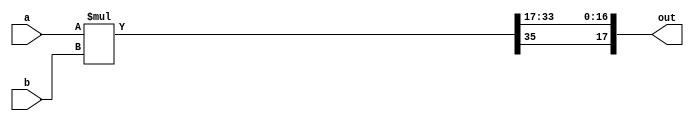
//Node Column v2 implementation

//////////////////////////////////////////////////
//// signed mult of 1.17 format 2'comp////////////
//////////////////////////////////////////////////

// Implement signed multiplication
module signed_mult (out, a, b);
  output  signed  [17:0]  out;
  input   signed  [17:0]  a;
  input   signed  [17:0]  b;
  // intermediate full bit length
  wire    signed  [35:0]  mult_out;
  assign mult_out = a * b;
  // select bits for 1.17 fixed point
  assign out = {mult_out[35], mult_out[33:17]};
endmodule

// Implement an the M10K block write to/ read fom memory
module M10K_512_18(
	output reg signed [17:0] q,
	input signed [17:0] data,
	input [8:0] wraddress, rdaddress,
	input wren, clock
);
	reg signed [17:0] mem [511:0] /* synthesis ramstyle = "no_rw_check, M10K" */;
	always @ (posedge clock)
	begin
		if (wren) 
			mem[wraddress] <= data;
	end
	always @ (posedge clock) begin
		q <= mem[rdaddress];
	end
endmodule

// Implement the compute module
module compute_module( 
  input  signed   [17:0] rho, g_tension, eta_term, u_n, u_n_prev, u_n_up, u_n_down, u_drum_center, u_left, u_right,
  output signed  [17:0] out
);
  wire  signed   [17:0] u_n_next, u_cent;
  wire  signed   [17:0] rho_eff;
  wire  signed   [17:0] temp1;
  wire  signed   [17:0] temp2;
  wire  signed   [17:0] temp3;
  wire  signed   [17:0] u_cent_g_tension;
  wire  signed   [17:0] u_cent_g_tension_2;
  assign out = u_n_next;
  // u_n_next = (1-eta_term) * [rho *(-4*u_n) + 2*u_n - (1-eta_term)*u_n_prev
  signed_mult mult1 (.out(temp1), .a(rho), .b(u_left + u_right + u_n_up + u_n_down - (u_n << 2)));
  assign temp2 = u_n_prev - (u_n_prev >>> eta_term);
  assign temp3 = (u_n << 1) + temp1 - temp2;
  assign u_n_next = temp3 - (temp3 >>> eta_term);
endmodule

// Compute and store the values for the amplitudes for one column of the drum
module column(
	input clk, reset, start_update, 
	input [8:0] column_size,
	input signed [17:0] rho, g_tension, eta_term, u_left, u_right, u_drum_center,
	input signed [17:0]  column_num,
	input signed [17:0] pyramid_step,
	output signed [17:0] out, middle_out, u_n_out,
	output reg [31:0] cycles_per_update,
	output done_update_out
);
	wire 	signed	[17:0] 	m10k_read_data;
	reg	signed	[17:0] 	m10k_write_data, m10k_read_reg;
	reg	        [8:0] 	m10k_read_addr, m10k_write_addr;
	reg 			m10k_write_en;
	wire	signed	[17:0] 	m10k_prev_read_data;
	reg	signed	[17:0] 	m10k_prev_write_data, m10k_prev_read_reg;
	reg	        [8:0]  	m10k_prev_read_addr, m10k_prev_write_addr;
	reg 			m10k_prev_write_en;
	reg          	[4:0]   state, init_state;
	reg          	[8:0]   init_addr, column_idx;
	reg 	signed  [17:0]  u_n_down_reg, u_n_reg, u_n_up_reg, u_n_prev_reg, u_n_bottom_reg, u_left_reg, u_right_reg;
	reg 	signed  [17:0]  u_n_center_reg, u_n_down_compute_reg;
	wire  	signed 	[17:0]  up_compute_input, cent_compute_input, center_prev_compute_input, down_compute_input;
	reg 	signed  [17:0]  u_center, u_n_out_reg;
	wire         	[8:0]   init_addr_temp ;
	wire         	[8:0]   column_num_temp ;
	reg                   	memory_init_en;
	reg 		[31:0] 	cycles_counter;
	reg			done_update;
	assign init_addr_temp = (init_addr >= (column_size >> 1)) ? ((column_size) - init_addr - 9'b1) : init_addr;
	assign column_num_temp = (column_num >= (column_size >> 1)) ? ((column_size) - column_num - 9'b1) : column_num;
	assign middle_out = u_center;
	assign u_n_out = u_n_out_reg;
	assign done_update_out = done_update;
	always @ (posedge clk) begin
		// Reset to initial conditions
		if (reset) begin
			m10k_write_data   	<= 18'h0;
			m10k_read_reg     	<= 18'h0;
			m10k_read_addr     	<= 9'h0;
			m10k_write_addr    	<= 9'h0;
			m10k_prev_write_data    <= 18'h0;
			m10k_prev_read_reg      <= 18'h0;
			m10k_prev_read_addr     <= 9'h0;
			m10k_prev_write_addr    <= 9'h0;
			state 			<= 5'd0;
			init_state 	   	<= 5'd0;
			memory_init_en 	   	<= 1'b1;
			init_addr 	   	<= 9'd0;
			m10k_write_en 	   	<= 1'b1;
			m10k_prev_write_en 	<= 1'b1;
			column_idx 	   	<= 9'd0;
			u_center           	<= 18'h0;
			u_left_reg         	<= 18'h0;
			u_right_reg        	<= 18'h0;
			u_n_down_reg	   	<= 18'h0;
			u_n_reg 	   	<= 18'h0;
			u_n_out_reg        	<= 18'h0;
			u_n_up_reg		<= ((column_num == 9'b0) || (column_num == (column_size - 9'b1))) ? pyramid_step : 18'd2 << pyramid_step;
			u_n_prev_reg 	   	<= pyramid_step;
			u_n_bottom_reg     	<= pyramid_step;
			cycles_counter     	<= 32'b0;
			cycles_per_update  	<= 32'b0;
			done_update		<= 1'b0;
			u_n_center_reg     	<= 18'h0;
			u_n_down_compute_reg 	<= 18'h0;
		end
		else begin
			if(memory_init_en) begin
				// Enable writing to memory the value for the amplitudes of the nodes in the column
				if (init_state == 0) begin
					m10k_write_en <= 1'b1;
					m10k_prev_write_en <= 1'b1;
					m10k_write_addr <= init_addr;
					m10k_prev_write_addr <= init_addr;
					m10k_prev_write_data <= column_num_temp > init_addr_temp ? 
							((init_addr_temp + 9'b1) <<< pyramid_step) : ((column_num_temp + 9'b1) <<< pyramid_step);	
					m10k_write_data <= column_num_temp > init_addr_temp ? 
							((init_addr_temp + 9'b1) <<< pyramid_step) : ((column_num_temp + 9'b1) <<< pyramid_step);
					if(init_addr == column_size - 1) memory_init_en <= 1'b0;
					init_state <= 2;
				end
				// Increment the init_addr
				if (init_state == 2) begin
					init_addr <= init_addr + 9'b1;
					init_state <= 0;
				end
			end
			// Update the node amplitudes in the column
			if(~memory_init_en) begin
				// Restart counting the number of cycles for the update and indicate that the current update is not complete
				if(done_update && start_update) begin
					cycles_per_update <= cycles_counter;
					cycles_counter <= 32'b0;
					done_update <= 1'b0;
				end
				// Update the cycles counter
				else if (start_update) begin
					cycles_counter <= cycles_counter + 32'b1;
				end
				// Initialize the current and previous read addr
				if(state == 5'd0 && start_update)begin
					m10k_prev_write_en <= 1'b0;
					m10k_write_en <= 1'b0;
					// If we're at the last node, set equal to 0, otherwise, the addr is the next node
					m10k_read_addr <= (column_idx == (column_size - 9'd1)) ? 9'd0 : column_idx + 9'd1;
					m10k_prev_read_addr <= column_idx;
					done_update <= 1'b0;
					state <= 5'd1;
				end
				// Wait state
				if(state == 5'd1) state <= 5'd2;
				// Assign all the registers to their corresponding values
				if(state == 5'd2)begin
					u_n_prev_reg <= m10k_prev_read_data;
					// Assign u_n_up reg to be 0 if at the final node, otherwise use the value from memory
					u_n_up_reg <= (column_idx == (column_size - 9'd1)) ? 18'b0 : m10k_read_data;
					u_left_reg <= u_left;
					u_right_reg <= u_right;
					// Assign u_n_center_reg to be the bottom reg value if at the bottom, otherwise, use the current reg value
					u_n_center_reg <= (column_idx == 9'b0) ? u_n_bottom_reg : u_n_reg;
					// Assign u_n_down_compute_reg to be 0 if at the bottom, otherwise, use the current down reg value
					u_n_down_compute_reg <= (column_idx == 9'b0) ? 18'b0 : u_n_down_reg;
					// Assign u_n_out_reg to be the bottom reg value if at the bottom, otherwise, use the current reg value
					u_n_out_reg <= (column_idx == 0) ? u_n_bottom_reg : u_n_reg;
					m10k_write_en <= 1'b0;
					m10k_prev_write_en <= 1'b0;
					state <= 5'd3;
				end
				if(state == 5'd3)begin
					m10k_write_en <= (column_idx == 9'd0) ? 1'b0 : 1'b1;
					m10k_prev_write_en <= 1'b1;
					m10k_write_addr <= column_idx;
					m10k_prev_write_addr <= column_idx;
					if (column_idx > 9'd0) m10k_write_data <= out;
					else m10k_write_data <= m10k_write_data;// m10k_write_data latch;
					if (column_idx == 9'd0) u_n_bottom_reg <= out;
					else u_n_bottom_reg <= u_n_bottom_reg;
					m10k_prev_write_data <= (column_idx == 9'd0) ? (u_n_bottom_reg) : u_n_reg;
					u_n_reg <= u_n_up_reg;
					u_n_down_reg <= (column_idx == 9'd0) ? (u_n_bottom_reg) : u_n_reg;
					if(column_idx == (column_size >> 1)) u_center <= out;
					if (column_idx == (column_size-9'd1)) begin
						column_idx <= 9'd0;
						done_update <= 9'b1;
					end
					else column_idx <= (column_idx + 9'd1);  
					state <= 5'd0;
				end
			end 
		end
	end
	// Instantiation of Device Under Test
	M10K_512_18 u_n_m10k (
		.clock     (clk),
		.wren      (m10k_write_en),
		.q         (m10k_read_data),
		.data      (m10k_write_data),
		.wraddress (m10k_write_addr),
		.rdaddress (m10k_read_addr)
	);
	M10K_512_18 u_n_prev_m10k (
		.clock     (clk),
		.wren      (m10k_prev_write_en),
		.q         (m10k_prev_read_data),
		.data      (m10k_prev_write_data),
		.wraddress (m10k_prev_write_addr),
		.rdaddress (m10k_prev_read_addr)
	);
	assign up_compute_input = u_n_up_reg;
	assign cent_compute_input =  u_n_center_reg; // mux for bottom
	assign center_prev_compute_input = u_n_prev_reg;
	assign down_compute_input = u_n_down_compute_reg; // mux for down
	// Instantiation of the compute_module
	compute_module calc_module (
		.out       	(out),
		.rho       	(rho),
		.g_tension 	(g_tension),
		.u_drum_center	(u_drum_center),
		.eta_term  	(eta_term),
		.u_n       	(cent_compute_input),
		.u_n_prev  	(center_prev_compute_input),
		.u_n_up    	(up_compute_input),
		.u_n_down  	(down_compute_input),
		.u_left    	(u_left),
		.u_right   	(u_right)
	);
endmodule